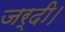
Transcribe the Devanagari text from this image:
जर्दी।